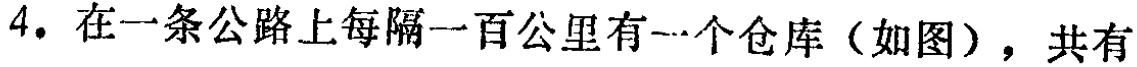
4. 在一条公路上每隔一百公里有一个仓库（如图），共有